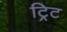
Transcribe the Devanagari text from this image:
ट्रिट